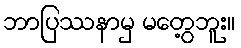
ဘာပြဿနာမှ မတွေ့ဘူး။